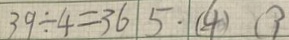
3 9 \div 4 = 3 6 \vert 5 \cdot \vert ( 4 ) ( 3 )